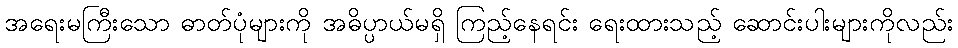
အရေးမကြီးသော ဓာတ်ပုံများကို အဓိပ္ပာယ်မရှိ ကြည့်နေရင်း ရေးထားသည့် ဆောင်းပါးများကိုလည်း